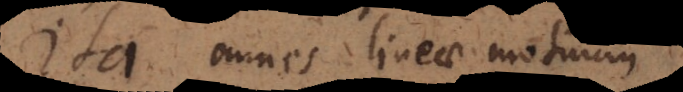
Ita omnes lineae motuum